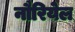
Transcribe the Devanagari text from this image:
नौरियेल